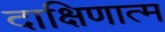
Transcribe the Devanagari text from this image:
दाक्षिणात्म